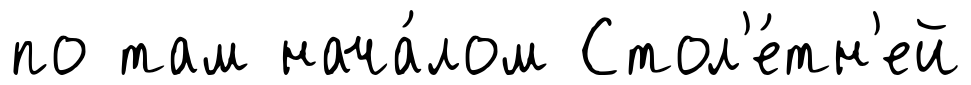
по там нача́лом Стол'е́тн'ей